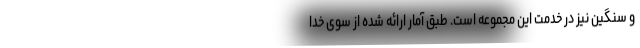
و سنگین نیز در خدمت این مجموعه است. طبق آمار ارائه شده از سوی خدا